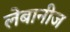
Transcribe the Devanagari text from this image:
लेबानीज